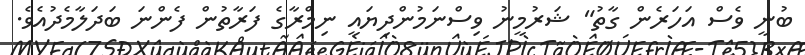
ބުނީ ވެސް އަހަރެން ގާތު" ޝަރުމީނު ވިސްނަމުންދިޔައީ ނިމްރާގެ ފަރާތުން ފެންނަ ބަދަލާމެދުއެވެ.